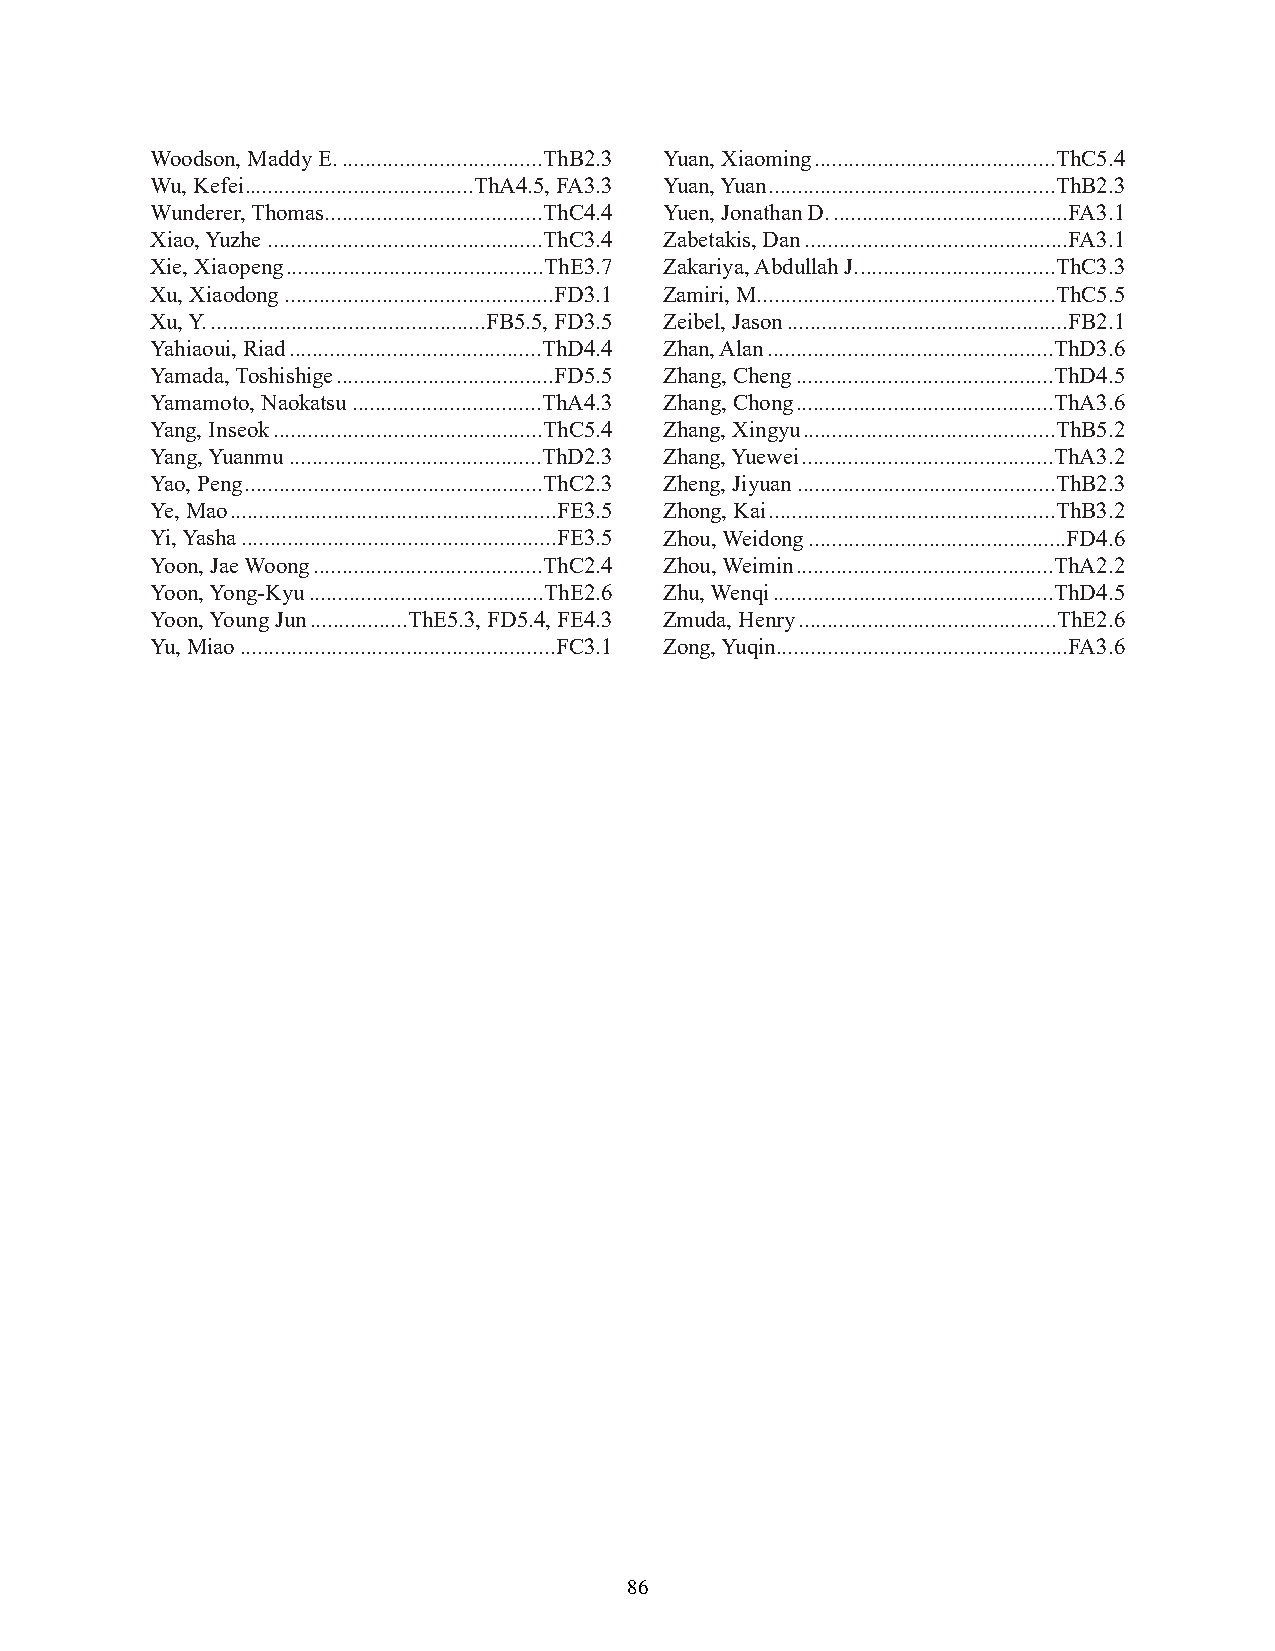
Woodson, Maddy E....................................ThB2.3 Yuan, Xiaoming..........................................ThC5.4
 Wu, Kefei........................................ThA4.5, FA3.3 Yuan, Yuan..................................................ThB2.3
 Wunderer, Thomas......................................ThC4.4 Yuen, Jonathan D..........................................FA3.1
 Xiao, Yuzhe................................................ThC3.4 Zabetakis, Dan..............................................FA3.1
 Xie, Xiaopeng.............................................ThE3.7 Zakariya, Abdullah J...................................ThC3.3
 Xu, Xiaodong...............................................FD3.1 Zamiri, M....................................................ThC5.5
 Xu, Y.................................................FB5.5, FD3.5 Zeibel, Jason.................................................FB2.1
 Yahiaoui, Riad............................................ThD4.4 Zhan, Alan..................................................ThD3.6
 Yamada, Toshishige......................................FD5.5 Zhang, Cheng.............................................ThD4.5
 Yamamoto, Naokatsu.................................ThA4.3 Zhang, Chong.............................................ThA3.6
 Yang, Inseok...............................................ThC5.4 Zhang, Xingyu............................................ThB5.2
 Yang, Yuanmu............................................ThD2.3 Zhang, Yuewei............................................ThA3.2
 Yao, Peng....................................................ThC2.3 Zheng, Jiyuan.............................................ThB2.3
 Ye, Mao.........................................................FE3.5 Zhong, Kai..................................................ThB3.2
 Yi, Yasha.......................................................FE3.5 Zhou, Weidong.............................................FD4.6
 Yoon, Jae Woong........................................ThC2.4 Zhou, Weimin.............................................ThA2.2
 Yoon, Yong-Kyu.........................................ThE2.6 Zhu, Wenqi.................................................ThD4.5
 Yoon, Young Jun.................ThE5.3, FD5.4, FE4.3 Zmuda, Henry.............................................ThE2.6
 Yu, Miao.......................................................FC3.1 Zong, Yuqin...................................................FA3.6
 86